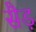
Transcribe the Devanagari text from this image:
सैड़